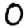
Digit: 0